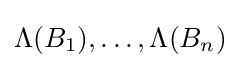
\Lambda (B_{1}),\ldots ,\Lambda (B_{n})